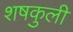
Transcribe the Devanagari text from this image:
शषकुली